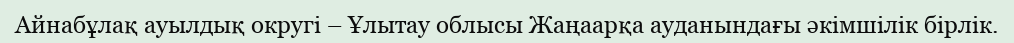
Айнабұлақ ауылдық округі – Ұлытау облысы Жаңаарқа ауданындағы әкімшілік бірлік.